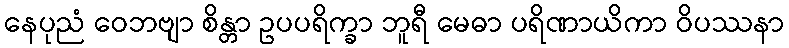
နေပုညံ ဝေဘဗျာ စိန္တာ ဥပပရိက္ခာ ဘူရီ မေဓာ ပရိဏာယိကာ ဝိပဿနာ